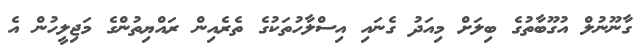
ގާނޫނުލް އުގޫބާތުގެ ބިލަށް މިއަދު ގެނައި އިސްލާހުތަކުގެ ތެރެއިން ރައްޔިތުންގެ މަޖިލީހުން އެ